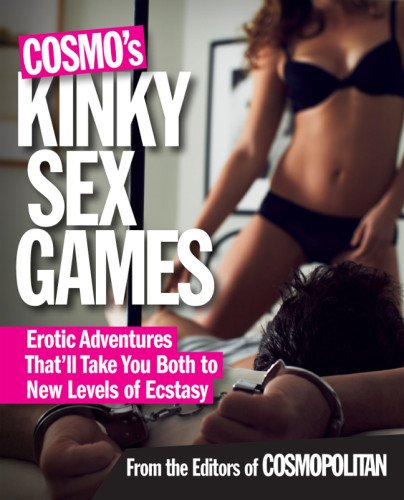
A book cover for Cosmo's Kinky Sex Games: Erotic Adventures That'll Take You Both to New Levels of Ecstasy; Self-Help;